Scientific memoirs by medical officers of the Army of India - Part IX,
Year: 1895
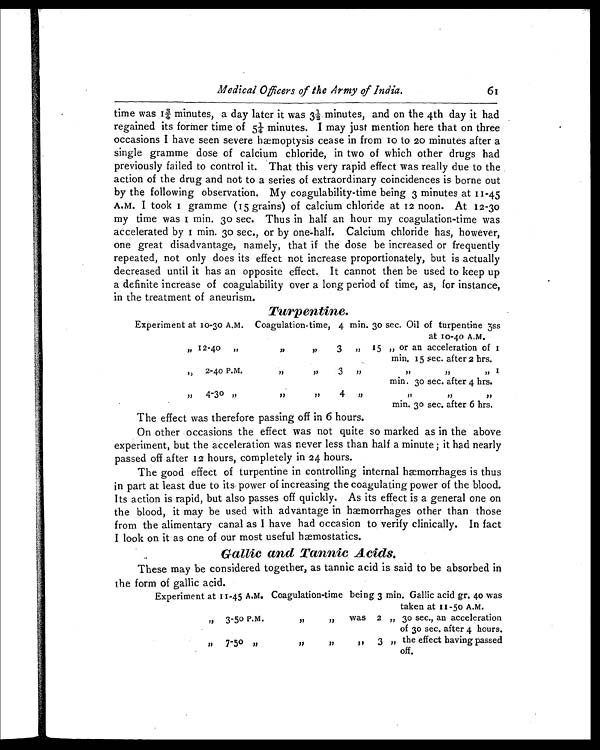
ti
Medical Officers of the Army of India. 61
time was 1¾ minutes, a day later it was 3½ minutes, and on the 4th day it had
regained its former time of 5½ minutes. I may just mention here that on three
occasions I have seen severe hæmoptysis cease in from 10 to 20 minutes after a
single gramme dose of calcium chloride, in two of which other drugs had
previously failed to control it. That this very rapid effect was really due to the
action of the drug and not to a series of extraordinary coincidences is borne out
by the following observation. My coagulability-time being 3 minutes at 11-45
A.M. I took 1 gramme (15 grains) of calcium chloride at 12 noon. At 12-30
my t i me wa s 1 mi n. 30 s e c . Thus i n ha l f a n hour my c oa gul a t i on- t i me wa s
a c c e l e r a t e d by 1 mi n. 30 s e c . , or by one - ha l f . Ca l c i um c hl or i de ha s , howe ve r ,
one great disadvantage, namely, that if the dose be increased or frequently
repeated, not only does its effect not increase proportionately, but is actually
decreased until it has an opposite effect. It cannot then be used to keep up
a definite increase of coagulability over a long period of time, as, for instance,
in the treatment of aneurism.
Turpentine.
Experiment at 10-30 A.M. Coagulation-time, 4 min. 30 sec. Oil of turpentine 3ss
at 10 - 4 0 A . M .
„ 12-40 ,, ,, ,,
3 „ 15 „ or an acceleration of 1
min. 15 sec. after 2 hrs.
„ 2-40 P.M.
,, ,,
3
,, ,, ,, ,,
min. 30 sec. after 4 hrs.
,,
4-30
,, ,, ,,
4
,,
„
,, ,,
min. 30 sec. after 6 hrs.
The effect was therefore passing off in 6 hours.
On other occasions the effect was not quite so marked as in the above
experiment, but the acceleration was never less than half a minute ; it had nearly
passed off after 12 hours, completely in 24 hours.
The good effect of turpentine in controlling internal hæmorrhages is thus
in part at least due to its power of increasing the coagulating power of the blood.
Its action is rapid, but also passes off quickly. As its effect is a general one on
the blood, it may be used with advantage in hæmorrhages other than those
from the alimentary canal as I have had occasion to verify clinically. In fact
I look on it as one of our most useful hæmostatics.
Gallic and Tannic Acids.
These may be considered together, as tannic acid is said to be absorbed in
the form of gallic acid.
Experiment at 11-45 A.M. Coagulation-time being 3 min. Gallic acid gr. 40 was
taken at 11-50 A.M.
„ 3-50P. M.
,, ,,
was 2 „ 30 sec., an acceleration
of 30 sec. after 4 hours.
,,
7-50
,, ,, ,, ,,
3 „ the effect having passed
off.